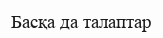
Басқа да талаптар